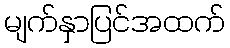
မျက်နှာပြင်အထက်